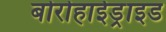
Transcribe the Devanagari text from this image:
बोरोहाईड्राइड